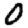
Digit: 0